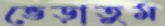
ভেড়াতুম